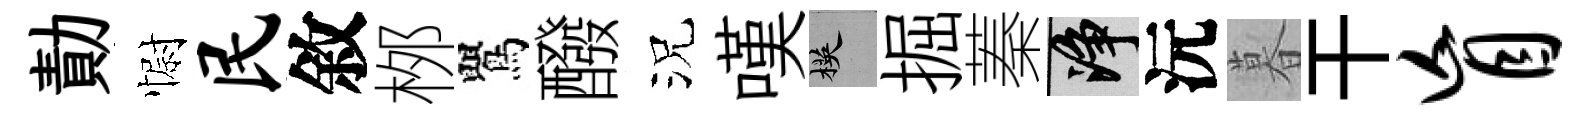
勣𢠢民敘桞鸎醱況嘆楧掘蓁净沅暮干盲